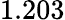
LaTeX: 1.203